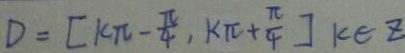
D = [ k \pi - \frac { \pi } { 4 } , k \pi + \frac { \pi } { 4 } ] k \in z